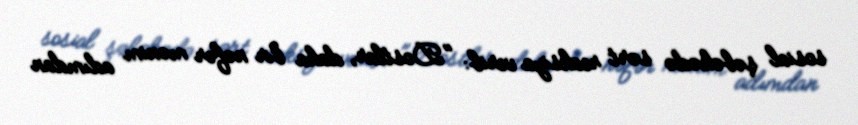
sosial şəbəkədə sərt reaksiya verib: "Dostlar, daha bir nəfər mənim adımdan